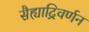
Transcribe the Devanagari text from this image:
सैह्याद्रिवर्णन